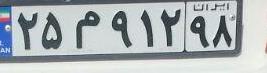
۲۵م۹۱۲۹۸